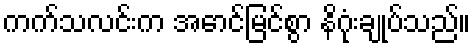
ကက်သလင်းက အောင်မြင်စွာ နိဂုံးချုပ်သည်။